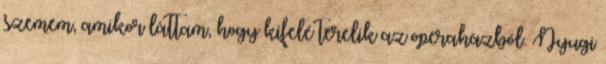
szemem, amikor láttam, hogy kifelé terelik az operaházból. Nyugi